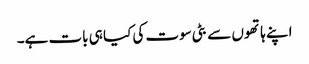
اپنے ہاتھوں سے بٹی سوت کی کیا ہی بات ہے۔